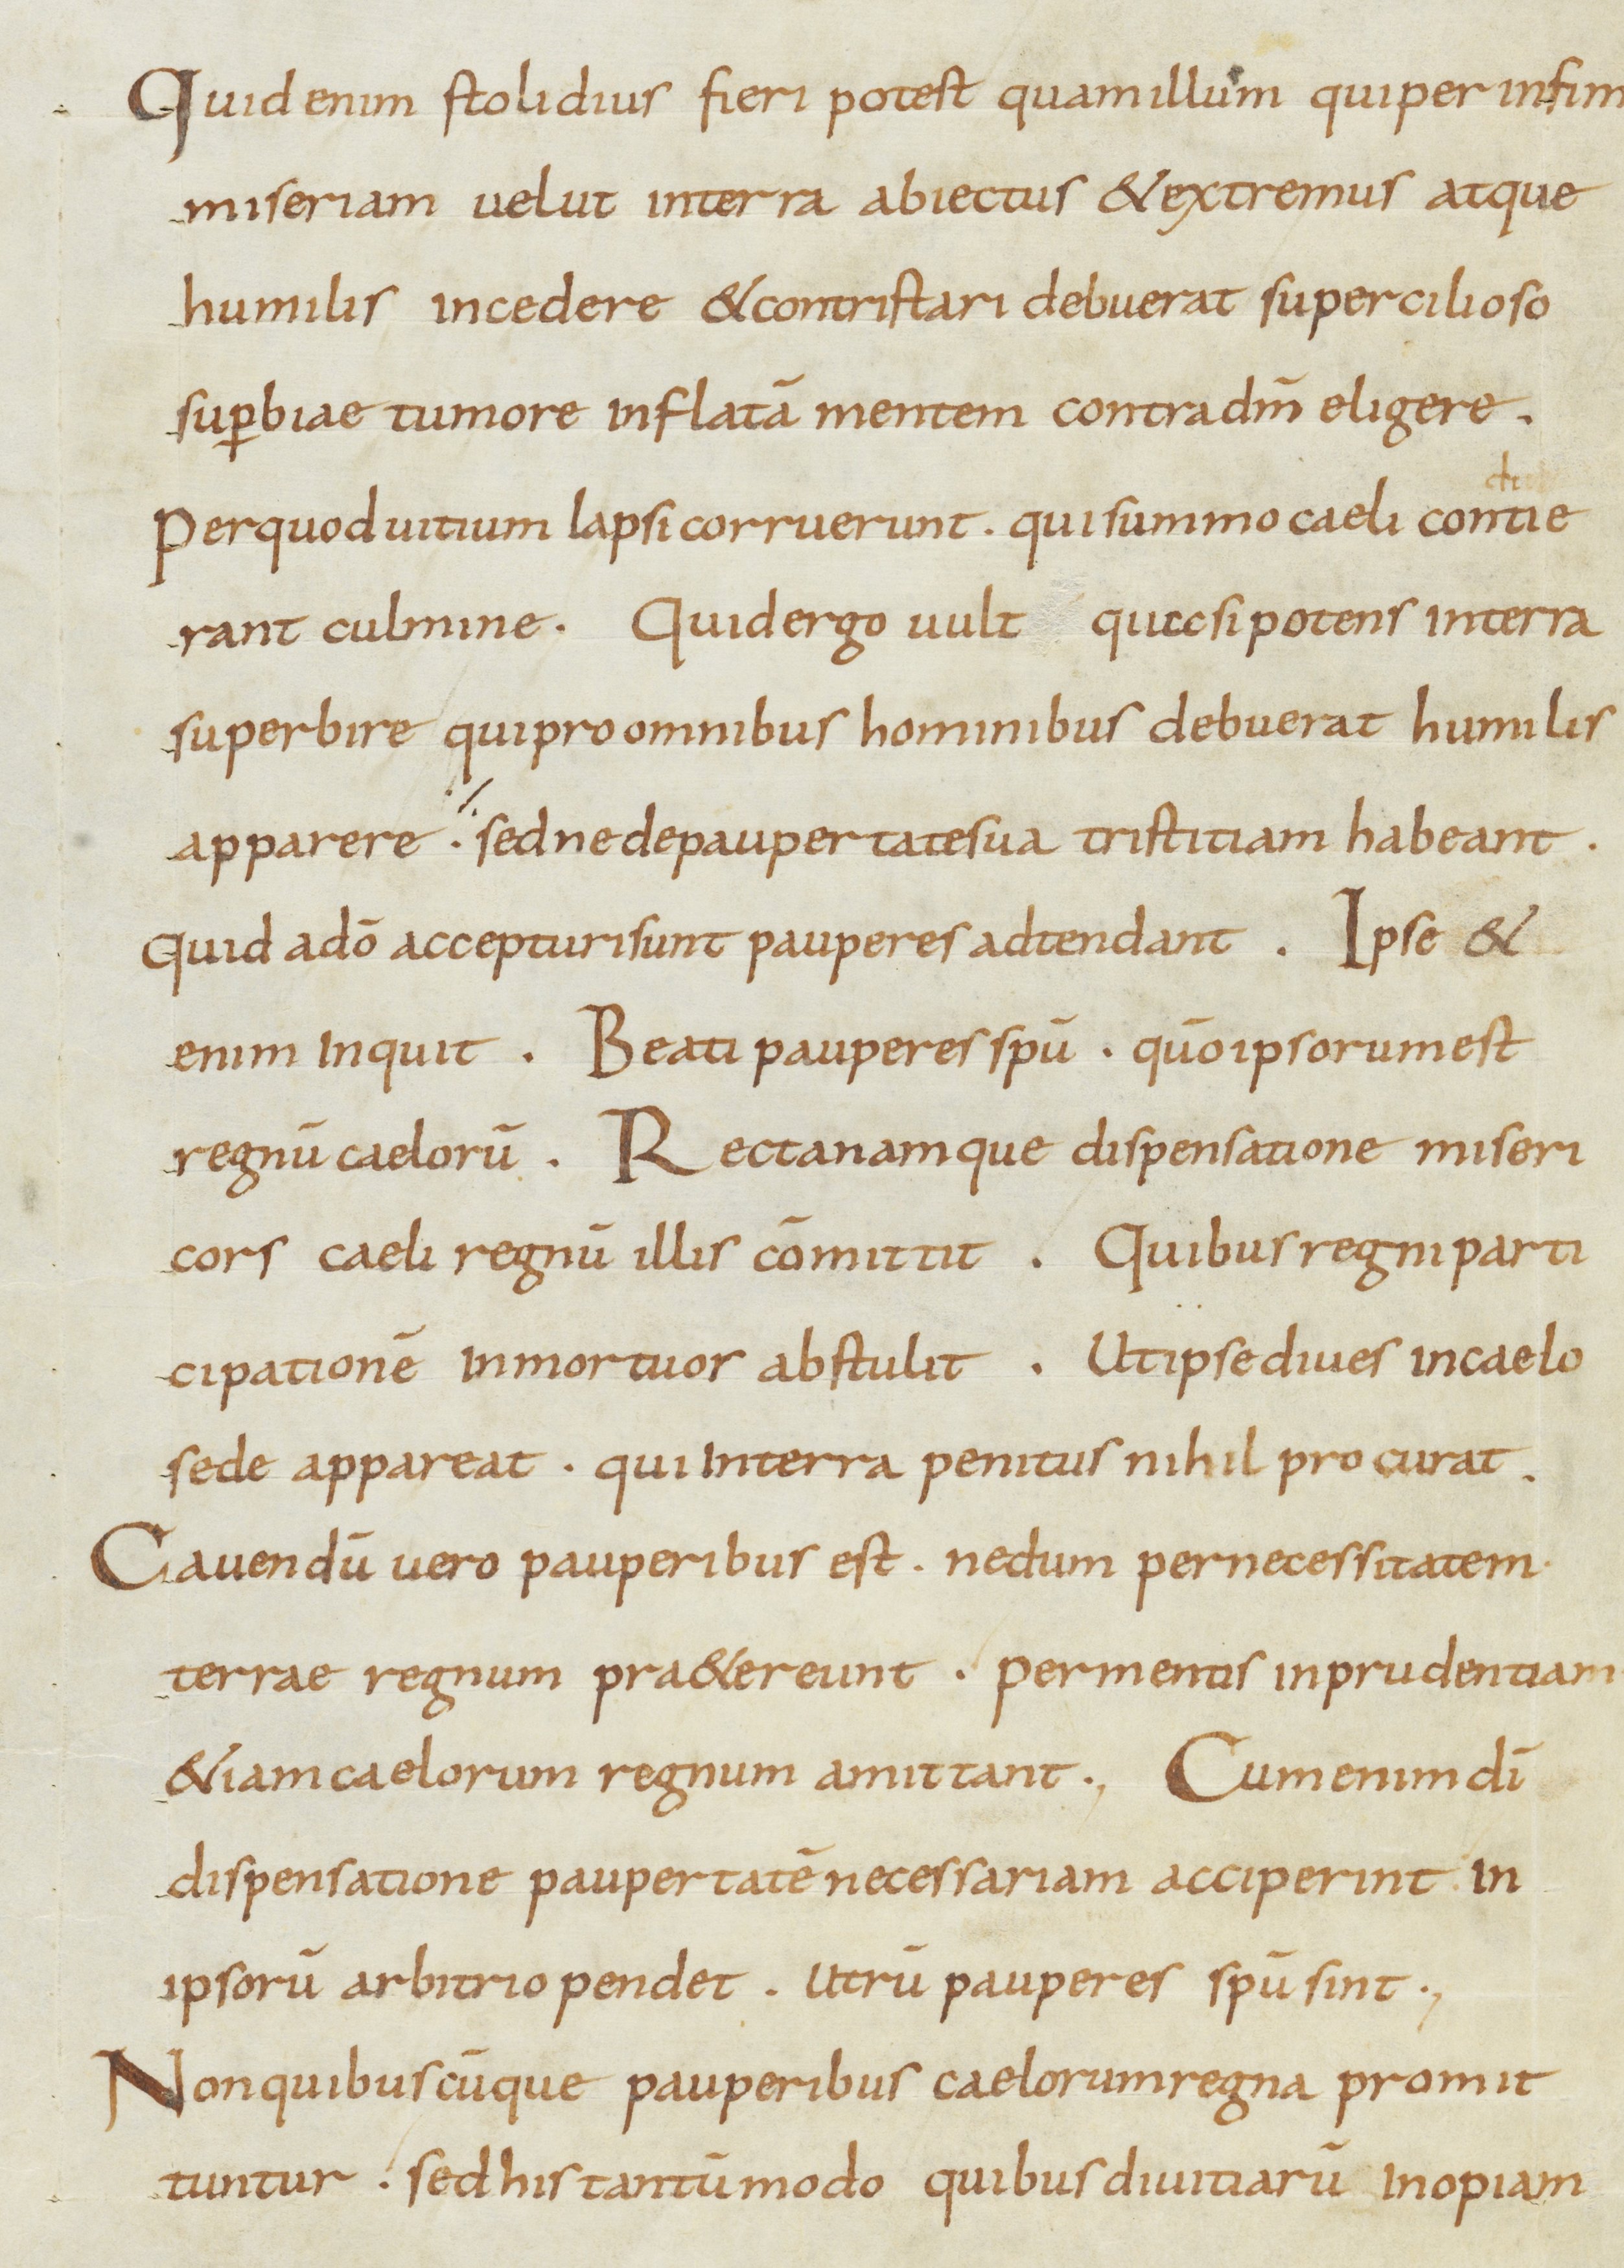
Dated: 800–899